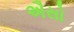
ઐસો